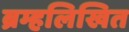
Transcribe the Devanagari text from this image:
ब्रम्हलिखित